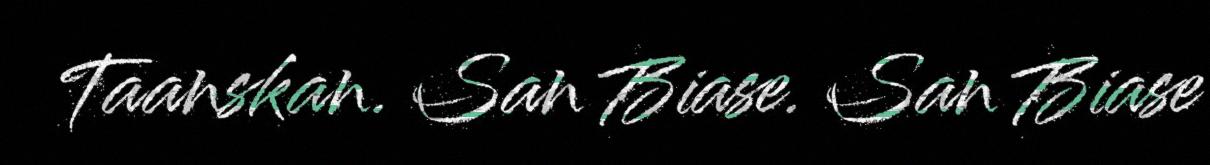
Taanskan. San Biase. San Biase